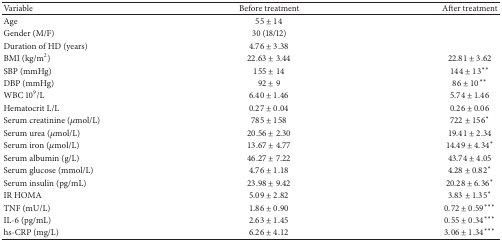
| Variable | Before treatment | After treatment |
 | --- | --- | --- |
 | Age | 55 ± 14 |  |
 | Gender (M/F) | 30 (18/12) |  |
 | Duration of HD (years) | 4.76 ± 3.38 |  |
 | BMI (kg/m2) | 22.63 ± 3.44 | 22.81 ± 3.62 |
 | SBP (mmHg) | 155 ± 14 | 144 ± 13** |
 | DBP (mmHg) | 92 ± 9 | 86 ± 10** |
 | WBC 109/L | 6.40 ± 1.46 | 5.74 ± 1.46 |
 | Hematocrit L/L | 0.27 ± 0.04 | 0.26 ± 0.06 |
 | Serum creatinine (μmol/L) | 785 ± 158 | 722 ± 156* |
 | Serum urea (μmol/L) | 20.56 ± 2.30 | 19.41 ± 2.34 |
 | Serum iron (μmol/L) | 13.67 ± 4.77 | 14.49 ± 4.34* |
 | Serum albumin (g/L) | 46.27 ± 7.22 | 43.74 ± 4.05 |
 | Serum glucose (mmol/L) | 4.76 ± 1.18 | 4.28 ± 0.82* |
 | Serum insulin (pg/mL) | 23.98 ± 9.42 | 20.28 ± 6.36* |
 | IR HOMA | 5.09 ± 2.82 | 3.83 ± 1.35* |
 | TNF (mU/L) | 1.86 ± 0.90 | 0.72 ± 0.59*** |
 | IL-6 (pg/mL) | 2.63 ± 1.45 | 0.55 ± 0.34*** |
 | hs-CRP (mg/L) | 6.26 ± 4.12 | 3.06 ± 1.34*** |